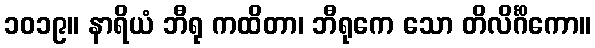
၁၀၁၉။ နာရိယံ ဘီရု ကထိတာ၊ ဘီရုကေ သော တိလိင်္ဂိကော။